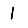
Digit: 1